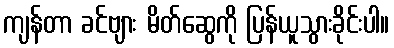
ကျန်တာ ခင်ဗျား မိတ်ဆွေကို ပြန်ယူသွားခိုင်းပါ။